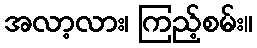
အလာ့လား၊ ကြည့်စမ်း။